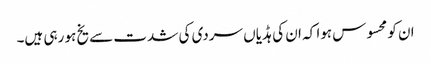
ان کو محسوس ہوا کہ ان کی ہڈیاں سردی کی شدت سے یخ ہو رہی ہیں۔